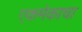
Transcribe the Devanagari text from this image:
एकमेकाचा